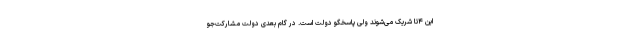
این ۴تا شریک می‌شوند ولی پاسخگو دولت است. در گام بعدی دولت مشارکت‌جو